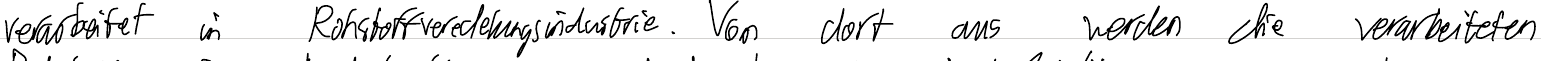
verarbeitet in Rohstoffveredelungsindustrie. Von dort aus werden die verarbeiteten